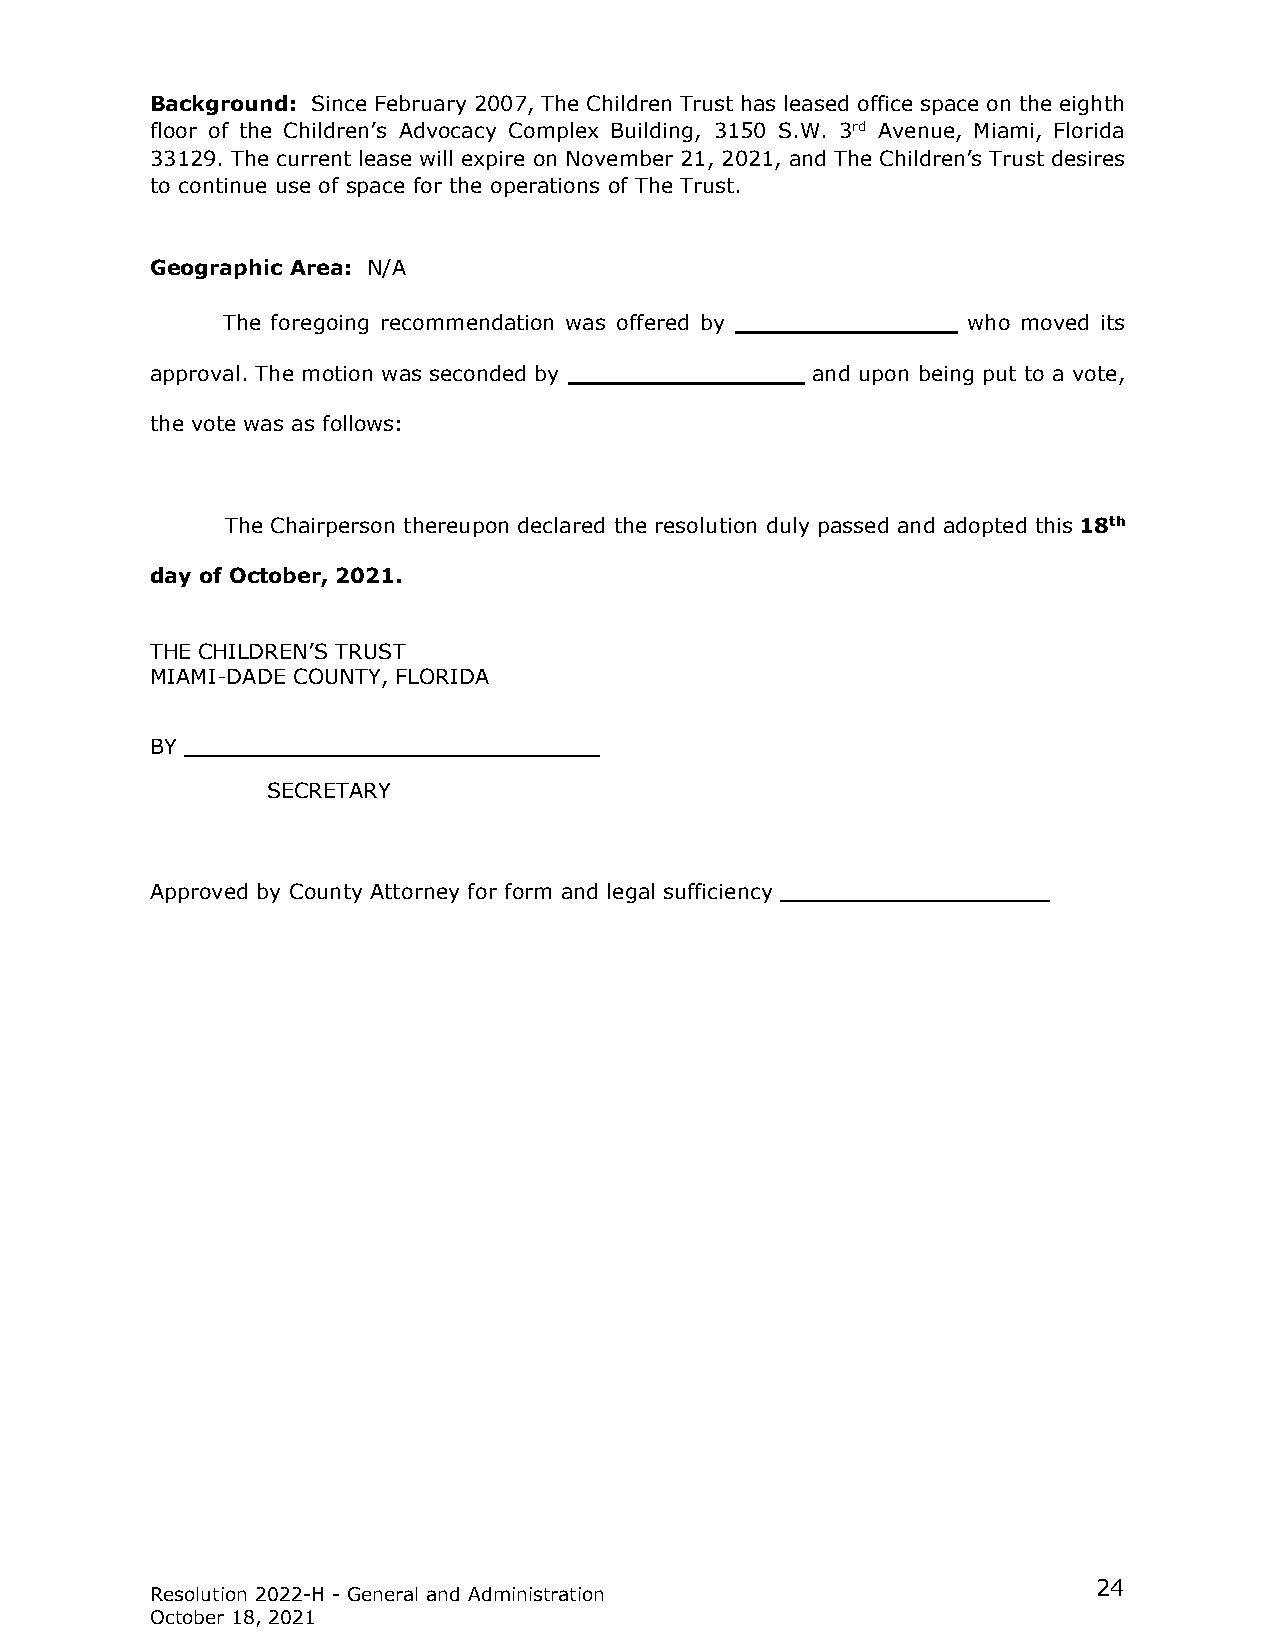
Background: Since February 2007, The Children Trust has leased office space on the eighth
 floor of the Children’s Advocacy Complex Building, 3150 S.W. 3rd Avenue, Miami, Florida
 33129. The current lease will expire on November 21, 2021, and The Children’s Trust desires
 to continue use of space for the operations of The Trust.
 Geographic Area: N/A
 The foregoing recommendation was offered by _______________ who moved its
 approval. The motion was seconded by ________________ and upon being put to a vote,
 the vote was as follows:
 The Chairperson thereupon declared the resolution duly passed and adopted this 18th
 day of October, 2021.
 THE CHILDREN’S TRUST
 MIAMI-DADE COUNTY, FLORIDA
 BY
 SECRETARY
 Approved by County Attorney for form and legal sufficiency
 24
 Resolution 2022-H - General and Administration
 October 18, 2021